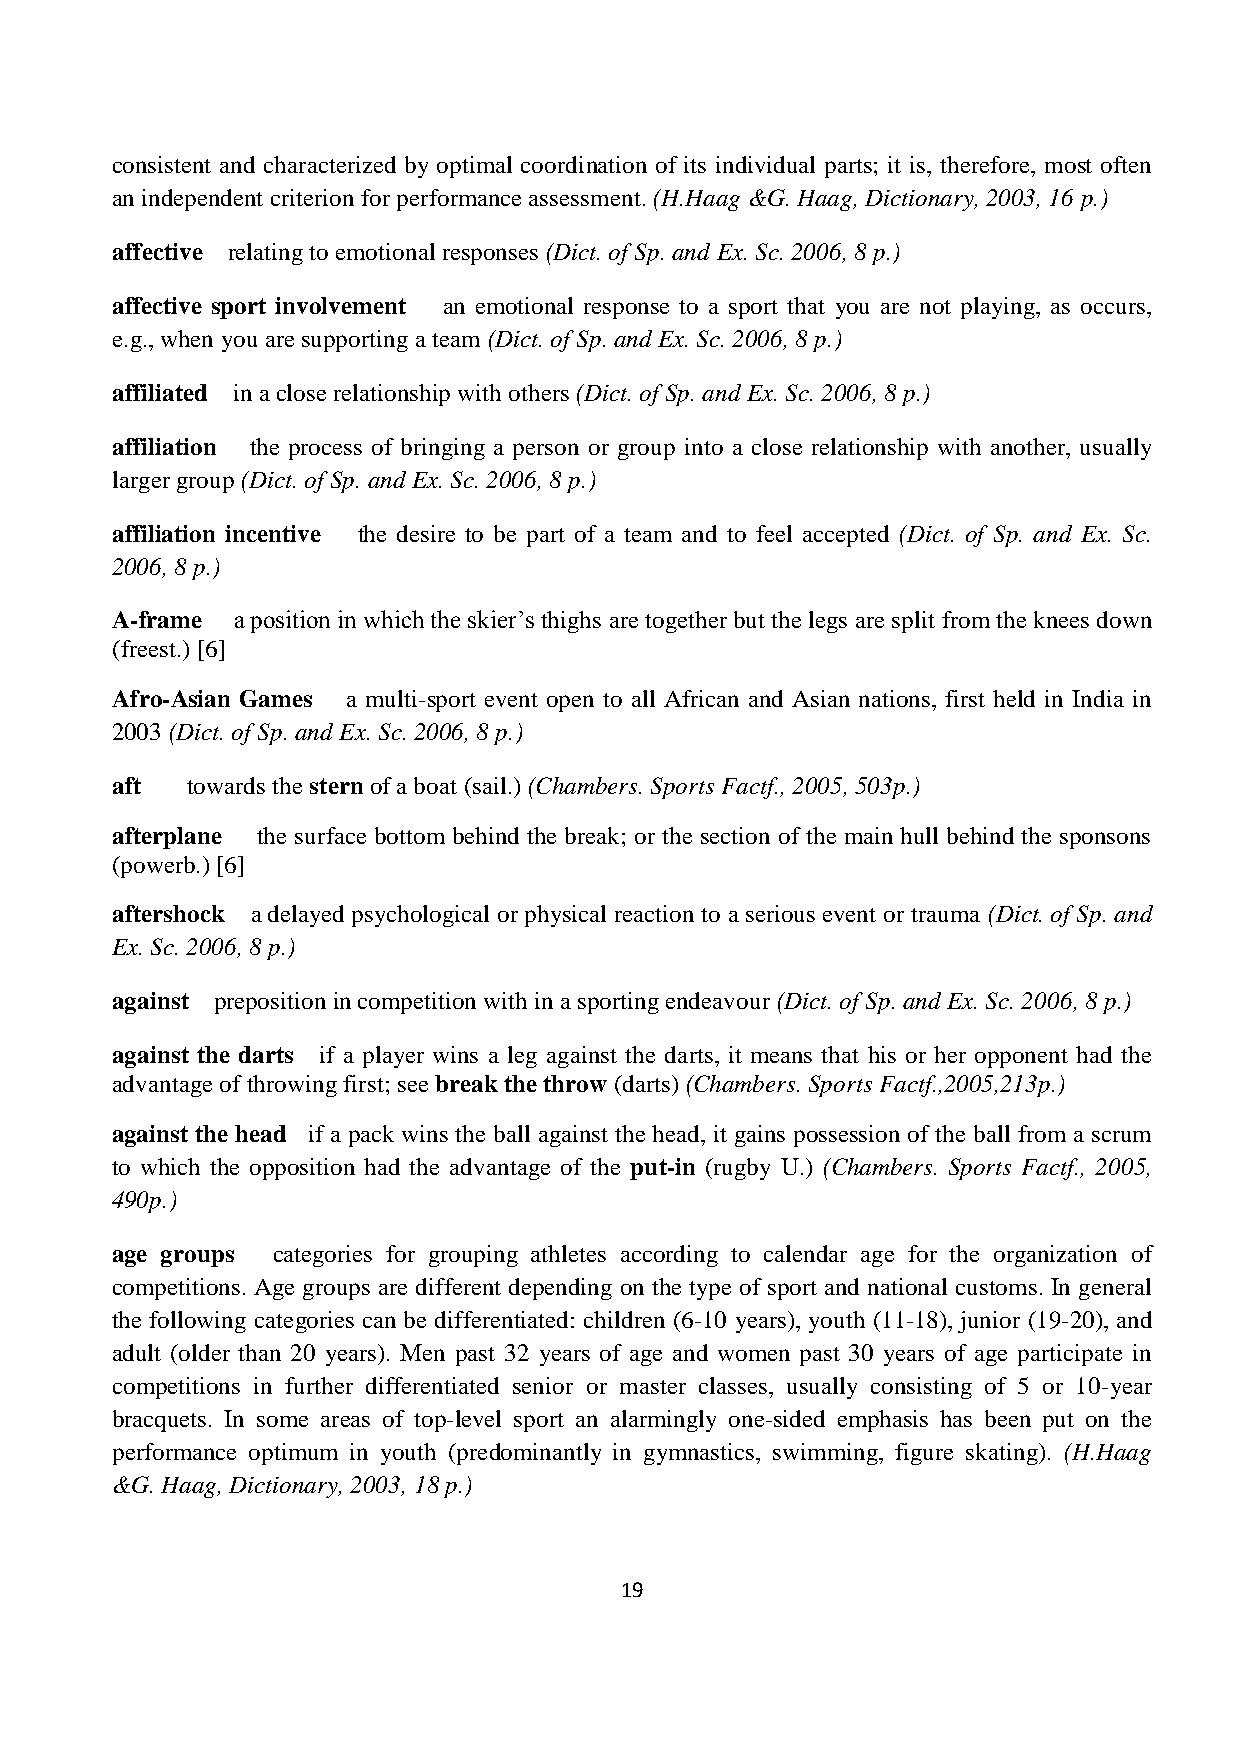
consistent and characterized by optimal coordination of its individual parts; it is, therefore, most often
 an independent criterion for performance assessment. (H.Haag &G. Haag, Dictionary, 2003, 16 p.)
 affective relating to emotional responses (Dict. of Sp. and Ex. Sc. 2006, 8 p.)
 affective sport involvement an emotional response to a sport that you are not playing, as occurs,
 e.g., when you are supporting a team (Dict. of Sp. and Ex. Sc. 2006, 8 p.)
 affiliated in a close relationship with others (Dict. of Sp. and Ex. Sc. 2006, 8 p.)
 affiliation the process of bringing a person or group into a close relationship with another, usually
 larger group (Dict. of Sp. and Ex. Sc. 2006, 8 p.)
 affiliation incentive the desire to be part of a team and to feel accepted (Dict. of Sp. and Ex. Sc.
 2006, 8 p.)
 A-frame a position in which the skier’s thighs are together but the legs are split from the knees down
 (freest.) [6]
 Afro-Asian Games a multi-sport event open to all African and Asian nations, first held in India in
 2003 (Dict. of Sp. and Ex. Sc. 2006, 8 p.)
 aft  towards the stern of a boat (sail.) (Chambers. Sports Factf., 2005, 503p.)
 afterplane the surface bottom behind the break; or the section of the main hull behind the sponsons
 (powerb.) [6]
 aftershock a delayed psychological or physical reaction to a serious event or trauma (Dict. of Sp. and
 Ex. Sc. 2006, 8 p.)
 against preposition in competition with in a sporting endeavour (Dict. of Sp. and Ex. Sc. 2006, 8 p.)
 against the darts if a player wins a leg against the darts, it means that his or her opponent had the
 advantage of throwing first; see break the throw (darts) (Chambers. Sports Factf.,2005,213p.)
 against the head if a pack wins the ball against the head, it gains possession of the ball from a scrum
 to which the opposition had the advantage of the put-in (rugby U.) (Chambers. Sports Factf., 2005,
 490p.)
 age groups categories for grouping athletes according to calendar age for the organization of
 competitions. Age groups are different depending on the type of sport and national customs. In general
 the following categories can be differentiated: children (6-10 years), youth (11-18), junior (19-20), and
 adult (older than 20 years). Men past 32 years of age and women past 30 years of age participate in
 competitions in further differentiated senior or master classes, usually consisting of 5 or 10-year
 bracquets. In some areas of top-level sport an alarmingly one-sided emphasis has been put on the
 performance optimum in youth (predominantly in gymnastics, swimming, figure skating). (H.Haag
 &G. Haag, Dictionary, 2003, 18 p.)
 19